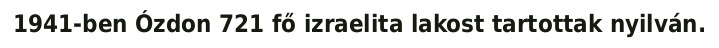
1941-ben Ózdon 721 fő izraelita lakost tartottak nyilván.